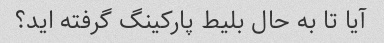
آیا تا به حال بلیط پارکینگ گرفته اید؟